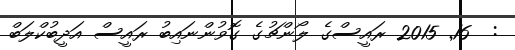
:  16